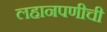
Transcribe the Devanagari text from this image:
लहानपणीची